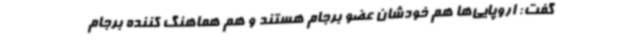
گفت: اروپایی‌ها هم خودشان عضو برجام هستند و هم هماهنگ کننده برجام